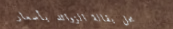
محل بقالة الزوائد بأسعار